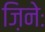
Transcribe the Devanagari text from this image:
ज़िनेः